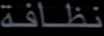
نظافة